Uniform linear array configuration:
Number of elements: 24
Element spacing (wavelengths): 0.75
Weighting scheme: binomial
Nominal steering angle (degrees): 0
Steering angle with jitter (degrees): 0.07391
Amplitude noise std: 0.05
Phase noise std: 0.05

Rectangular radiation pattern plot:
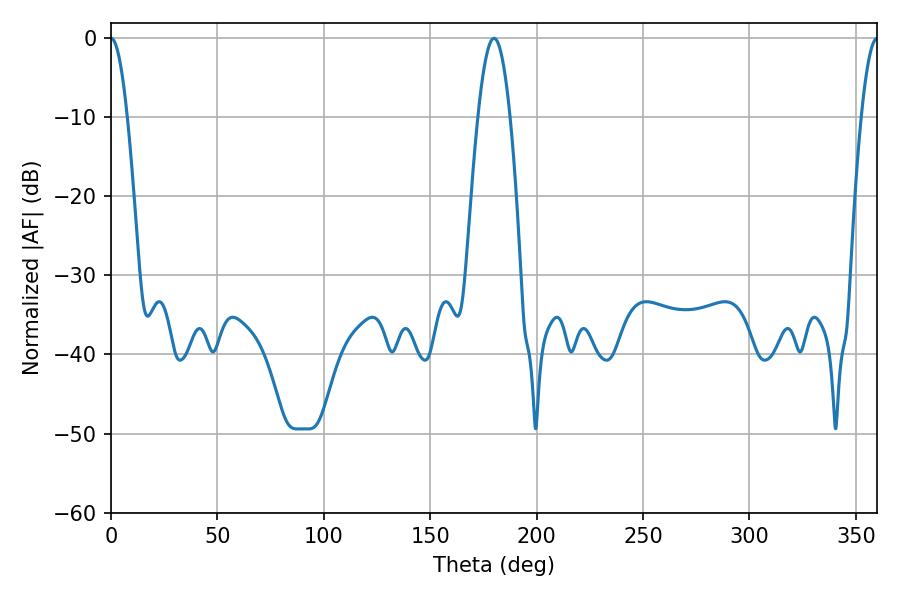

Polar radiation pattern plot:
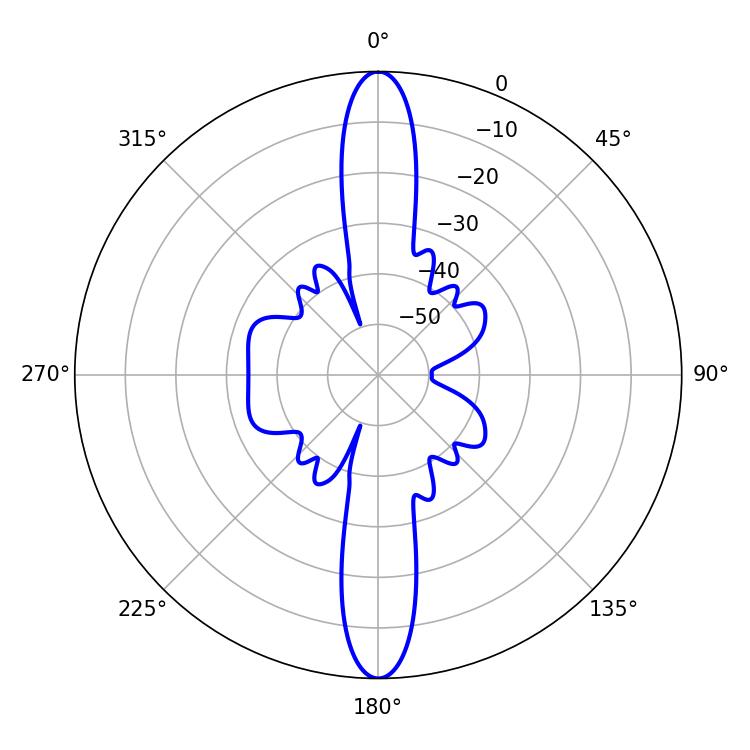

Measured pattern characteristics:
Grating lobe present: TRUE
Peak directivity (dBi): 43.602
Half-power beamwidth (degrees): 4.14
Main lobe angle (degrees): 0